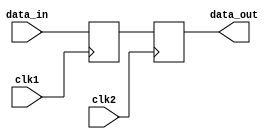
module MasterSlaveSynchronizer (
    input wire clk1,         // Clock for the master flip-flop
    input wire clk2,         // Clock for the slave flip-flop
    input wire data_in,      // Input data to be synchronized
    output reg data_out      // Synchronized output data
);

    // Internal signal for the master flip-flop output
    reg master_out;

    // Master flip-flop: Samples input data on rising edge of clk1
    always @(posedge clk1) begin
        master_out <= data_in;
    end

    // Slave flip-flop: Samples master_out on rising edge of clk2
    always @(posedge clk2) begin
        data_out <= master_out;
    end

endmodule